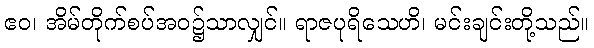
ဧဝ၊ အိမ်တိုက်စပ်အဝ၌သာလျှင်။ ရာဇပုရိသေဟိ၊ မင်းချင်းတို့သည်။